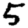
Digit: 5